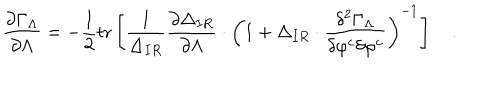
LaTeX: { \frac { \partial \Gamma _ { \Lambda } } { \partial \Lambda } } = - { \frac { 1 } { 2 } } \mathrm { t r } \left[ { \frac { 1 } { \Delta _ { I R } } } { \frac { \partial \Delta _ { I R } } { \partial \Lambda } } \cdot \left( 1 + \Delta _ { I R } \cdot { \frac { \delta ^ { 2 } \Gamma _ { \Lambda } } { \delta \varphi ^ { c } \delta \varphi ^ { c } } } \right) ^ { - 1 } \right] \quad .